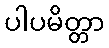
ပါပမိတ္တာ